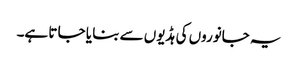
یہ جانوروں کی ہڈیوں سے بنا یا جا تا ہے۔